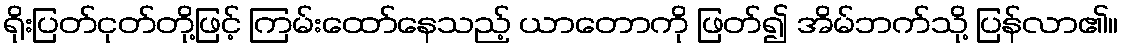
ရိုးပြတ်ငုတ်တို့ဖြင့် ကြမ်းထော်နေသည့် ယာတောကို ဖြတ်၍ အိမ်ဘက်သို့ ပြန်လာ၏။